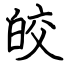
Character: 皎